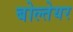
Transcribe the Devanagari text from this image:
बोल्तेयर